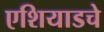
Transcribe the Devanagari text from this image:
एशियाडचे